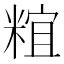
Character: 𥺥